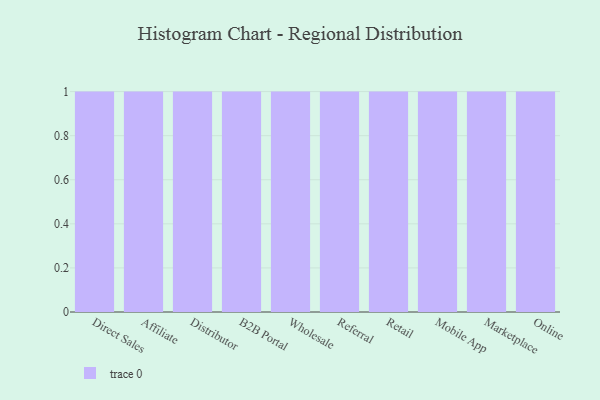
{"axis": {"x": "Channel", "y": "Energy Usage (MWh)"}, "legend": [""], "data": [{"x": "Direct Sales", "y": 43, "type": ""}, {"x": "Affiliate", "y": 4, "type": ""}, {"x": "Distributor", "y": 62, "type": ""}, {"x": "B2B Portal", "y": 73, "type": ""}, {"x": "Wholesale", "y": 46, "type": ""}, {"x": "Referral", "y": 6, "type": ""}, {"x": "Retail", "y": 17, "type": ""}, {"x": "Mobile App", "y": 64, "type": ""}, {"x": "Marketplace", "y": 86, "type": ""}, {"x": "Online", "y": 6, "type": ""}]}